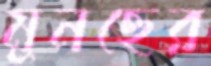
মুনছের